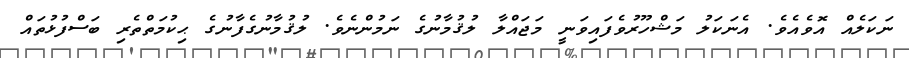
ނަކަލެއް އޮވެއެވެ. އެނަކަލު މަޝްހޫރުވެފައިވަނީ މަޖައްލާ ލުޤުމާނުގެ ނަމުންނެވެ. ލުޤުމާނުގެފާނުގެ ޙިކުމަތްތެރި ބަސްފުޅުތައް